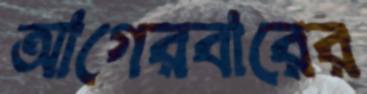
আগেরবারের